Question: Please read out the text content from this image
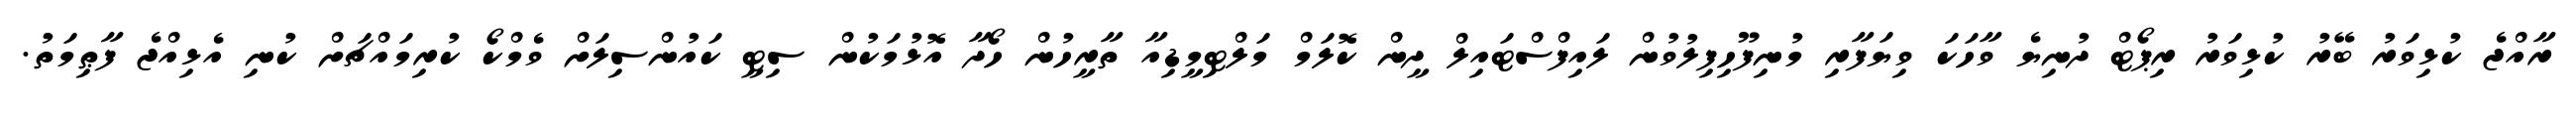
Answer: ރާއްޖެ ކުޅިވަރު ބޭރު ކުޅިވަރު ރިޕޯޓް ދުނިޔެ ވާހަކަ ވިޔަފާރި މުނިފޫހިފިލުވުން ލައިފްސްޓައިލް ދީން ކޮލަމް މަލްޓިމީޑިއާ ތާރީހުން ހޯދާ އޮޅުމަކުން ސިޓީ ކައުންސިލަށް ވެމްކޯ ކުރިމައްޗަށް ކުނި އެޅިއްޖެ ފާޠިމަތު.